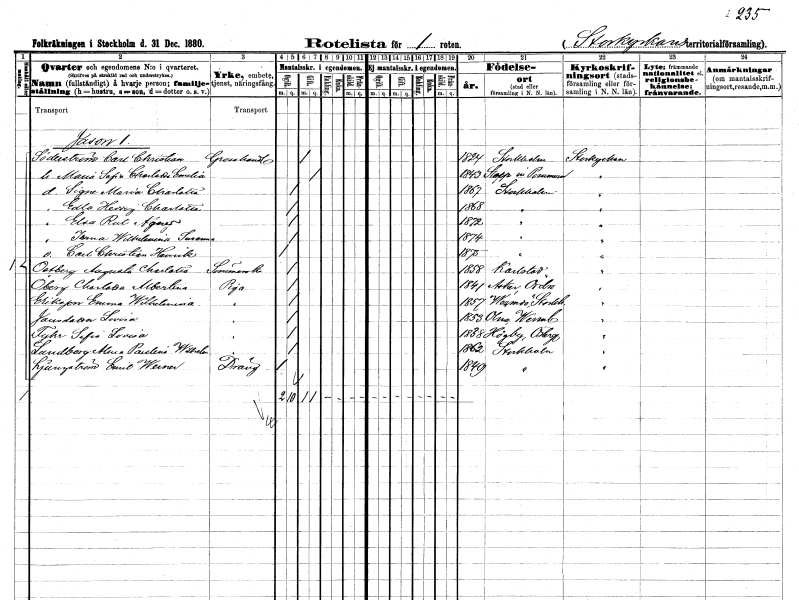
gt_parse: households: individuals: FN: Carl Christian
EN: Söderström
YRKE: Grosshandlare
KON: M
CIV: G
FODAR: 1824
FODFORS: Stockholm
FN: Maria Sofia Charlotta Emelia
KON: K
CIV: G
FODAR: 1843
FN: Signe Maria Charlotta
KON: K
CIV: O
FODAR: 1867
FODFORS: Stockholm
FN: Edla Hedvig Charlotta
KON: K
CIV: O
FODAR: 1868
FODFORS: Stockholm
FN: Elsa Rut Agnes
KON: K
CIV: O
FODAR: 1872
FODFORS: Stockholm
FN: Irma Wilhelmina Susanna
KON: K
CIV: O
FODAR: 1874
FODFORS: Stockholm
FN: Carl Christian Henrik
KON: M
CIV: O
FODAR: 1875
FODFORS: Stockholm
FN: Augusta Charlotta
EN: Östberg
YRKE: Sömmerska
KON: K
CIV: O
FODAR: 1858
FODFORS: Karlstad Värmlands län
FN: Charlotta Albertina
EN: Öberg
YRKE: Piga
KON: K
CIV: O
FODAR: 1841
FODFORS: Asker Örebro län
FN: Emma Wilhelmina
EN: Eriksson
YRKE: Piga
KON: K
CIV: O
FODAR: 1857
FODFORS: Värmdö Stockholms län
FN: Lovisa
EN: Jansdotter
YRKE: Piga
KON: K
CIV: O
FODAR: 1853
FODFORS: Ölme Värmlands län
FN: Sofia Lovisa
EN: Tyhr
YRKE: Piga
KON: K
CIV: O
FODAR: 1838
FODFORS: Högby Östergötlands län
FN: Alma Paulina Wilhelmina
EN: Sandberg
YRKE: Piga
KON: K
CIV: O
FODAR: 1862
FODFORS: Stockholm
FN: Emil Werner
EN: Ljungström
YRKE: Dräng
KON: M
CIV: O
FODAR: 1849
FODFORS: Stockholm